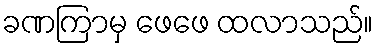
ခဏကြာမှ ဖေဖေ ထလာသည်။